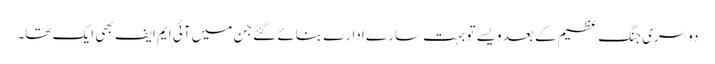
دوسری جنگ ِ عظیم کے بعد ویسے تو بہت سارے ادارے بنائے گئے جن میں آئی ایم ایف بھی ایک تھا۔